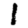
Digit: 1